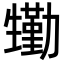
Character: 𤯺